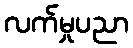
လက်မှုပညာ